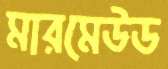
মারমেউড